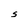
Character: S